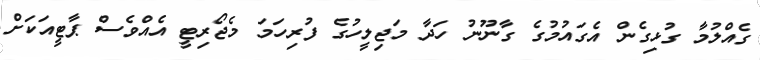
ގެއްލުމާ ގުޅިގެން އެގައުމުގެ ގާނޫނު ހަދާ މަޖިލީހުގެ ފުރިހަމަ މެޖޯރިޓީ އެއްވެސް ޕާޓީއަކަށް